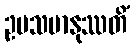
ဥပသမာနုဿတိံ